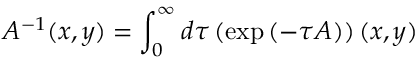
{ \cal A } ^ { - 1 } ( x , y ) = \int _ { 0 } ^ { \infty } d \tau \left( \exp \left( - \tau { \cal A } \right) \right) ( x , y )